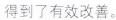
得到了有效改善。